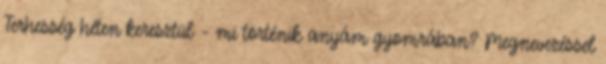
Terhesség héten keresztül – mi történik anyám gyomrában? Megnevezéssel